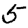
Digit: 5